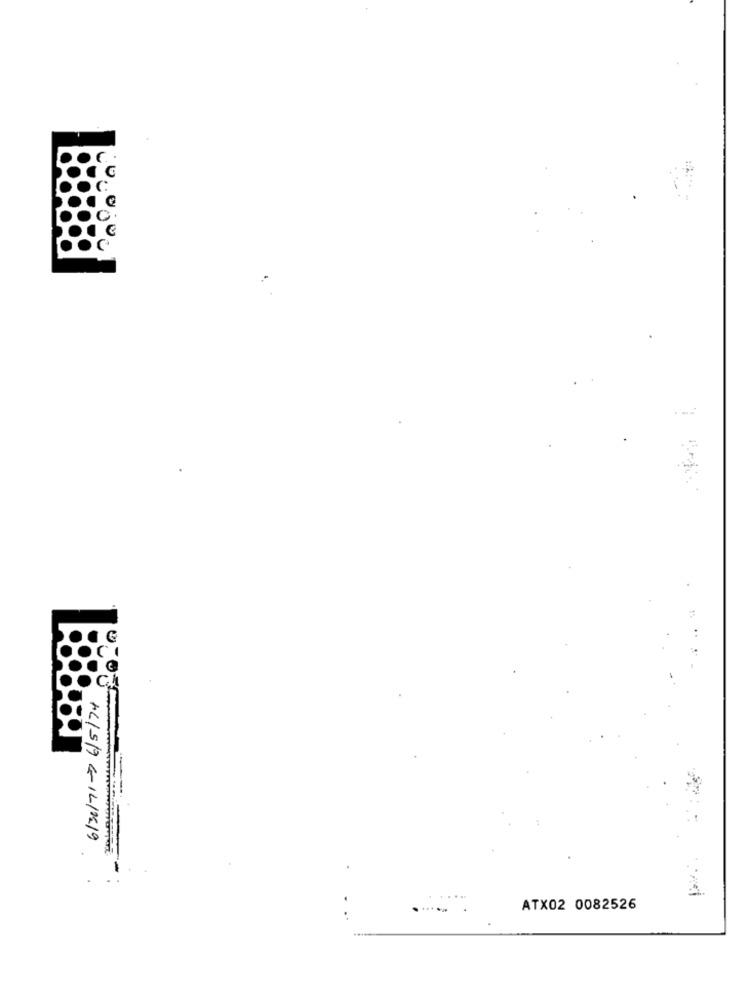
CI
KLISH GIL/19
ATX02 0082526